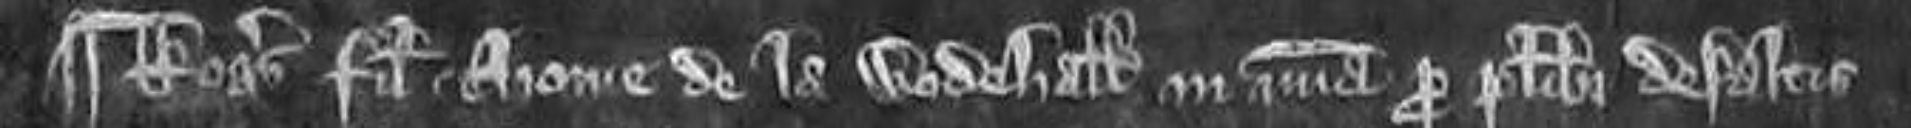
¶Rogerus filius Thome de la Wodehall in misericordia pro pluribus defaltis